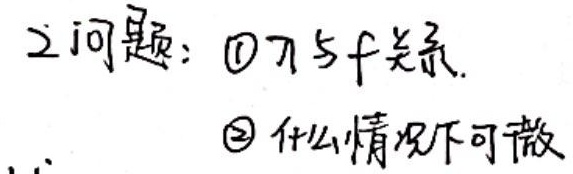
2问题：
\textcircled{1} $\nabla f$ 与 $f$ 关系。
\textcircled{2} 什么情况下可微。